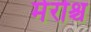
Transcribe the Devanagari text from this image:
मेरोश्च